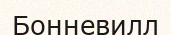
Бонневилл